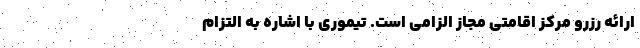
ارائه رزرو مرکز اقامتی مجاز الزامی است. تیموری با اشاره به التزام